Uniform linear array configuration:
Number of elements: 48
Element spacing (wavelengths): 0.5
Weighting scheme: hann
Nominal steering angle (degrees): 30
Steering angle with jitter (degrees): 31.564
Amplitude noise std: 0.05
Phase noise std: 0.05

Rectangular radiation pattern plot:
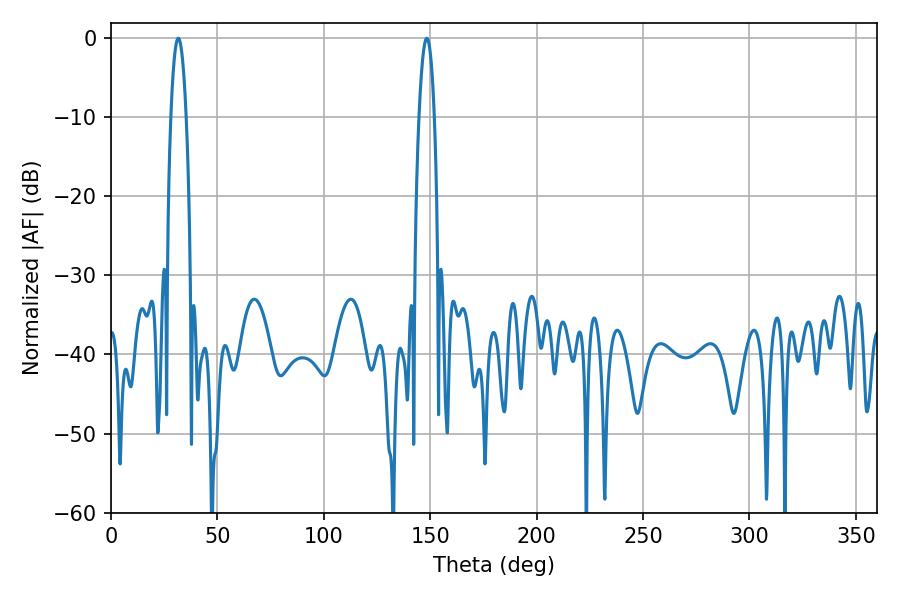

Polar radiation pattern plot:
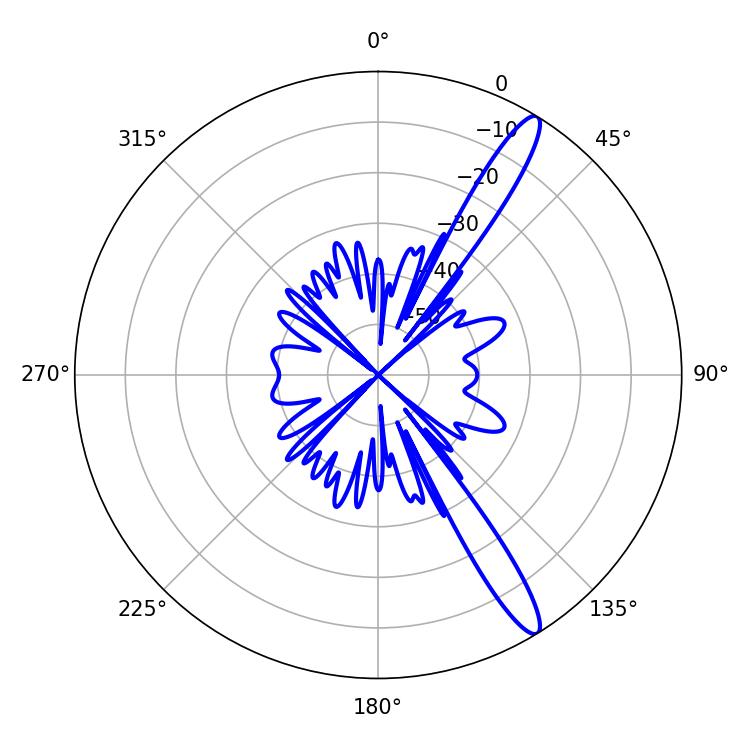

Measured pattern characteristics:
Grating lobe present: FALSE
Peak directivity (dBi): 14.032
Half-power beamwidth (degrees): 3.96
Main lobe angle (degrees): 31.68